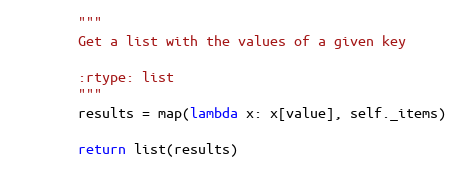
Language: Python
        """
        Get a list with the values of a given key

        :rtype: list
        """
        results = map(lambda x: x[value], self._items)

        return list(results)